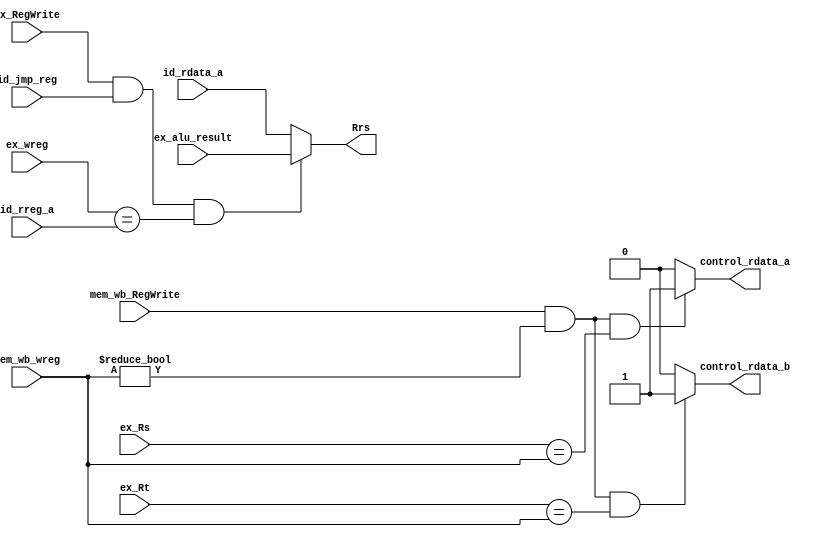
// 
module redirect(
    input [4:0] ex_Rs,
    input [4:0] ex_Rt,
    input [4:0] mem_wb_wreg,
    input mem_wb_RegWrite,
    output reg control_rdata_a,
    output reg control_rdata_b,
    //jr  
    input [31:0] ex_alu_result,
    input ex_RegWrite,
    input [4:0] ex_wreg,
    input [4:0] id_rreg_a,
    input id_jmp_reg,
    input [31:0] id_rdata_a,
    output reg [31:0] Rrs                 //pc
);

always @(*) begin 
    if(mem_wb_RegWrite && mem_wb_wreg != 5'b00000 && ex_Rs == mem_wb_wreg)
        control_rdata_a <= 1'b1;     //mem/wb
    else 
        control_rdata_a <= 1'b0;
end 

always @(*) begin 
    if(mem_wb_RegWrite && mem_wb_wreg != 5'b00000 && ex_Rt == mem_wb_wreg)
        control_rdata_b <= 1'b1;     //mem/wb
    else 
        control_rdata_b <= 1'b0;
end 

always @(*) begin   //ex 
    if (ex_RegWrite && id_jmp_reg && ex_wreg == id_rreg_a) begin
        Rrs <= ex_alu_result;
    end
    else begin
       Rrs <= id_rdata_a; 
    end
end

endmodule